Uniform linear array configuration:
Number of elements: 12
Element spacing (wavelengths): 0.25
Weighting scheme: blackman
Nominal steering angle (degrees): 60
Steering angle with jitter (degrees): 60.725
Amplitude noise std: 0.05
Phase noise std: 0.05

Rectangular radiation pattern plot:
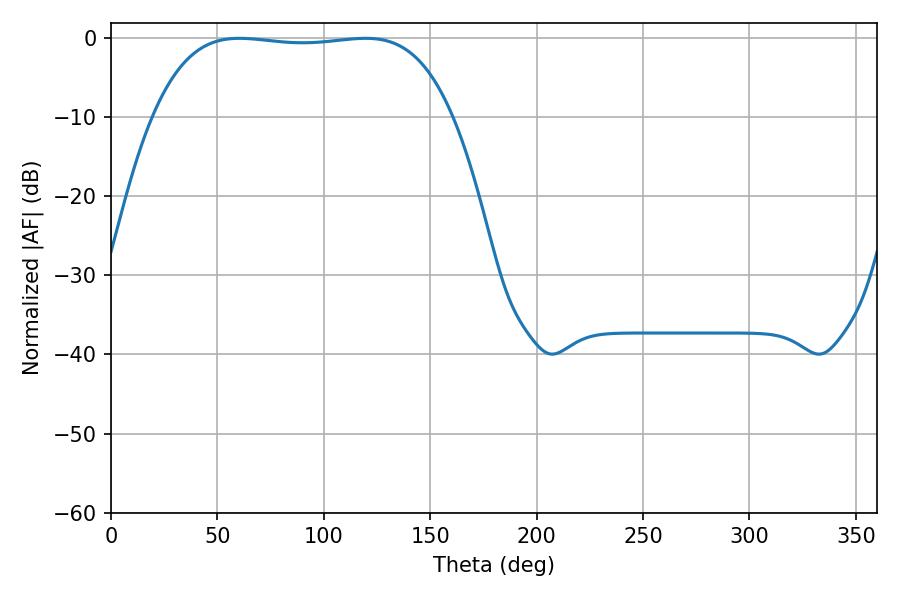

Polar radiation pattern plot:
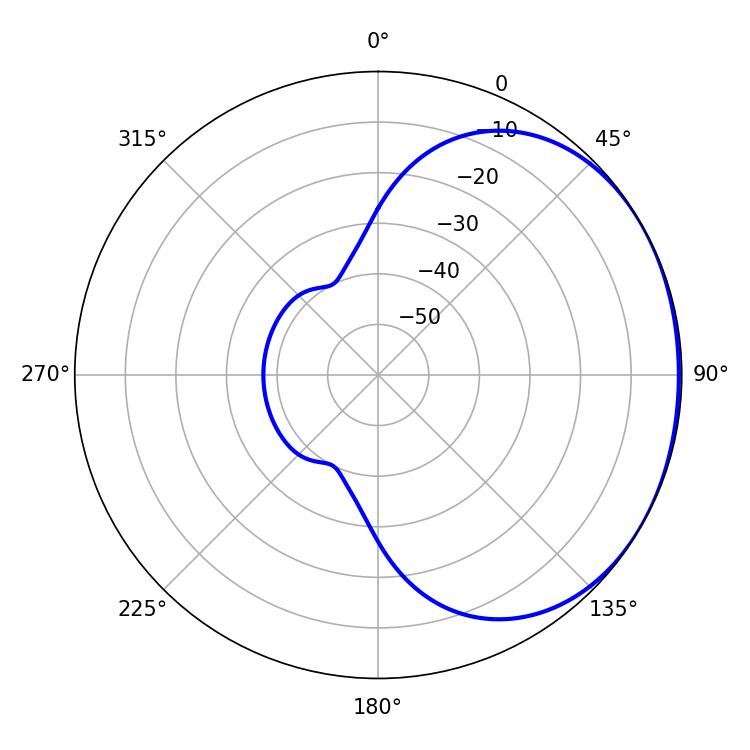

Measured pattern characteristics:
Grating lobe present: FALSE
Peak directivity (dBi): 1.09
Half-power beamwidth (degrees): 110.52
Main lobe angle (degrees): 60.3